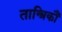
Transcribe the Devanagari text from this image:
तान्त्रिकौं